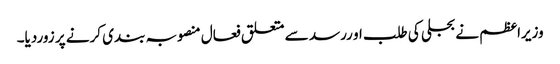
وزیراعظم نے بجلی کی طلب او ررسد سے متعلق فعال منصوبہ بندی کرنے پر زوردیا۔